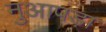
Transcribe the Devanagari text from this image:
नुआपड़ा